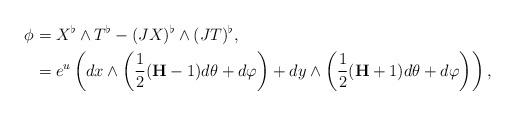
LaTeX: \begin{align*}\phi&=X^\flat\wedge T^\flat-(JX)^\flat\wedge (JT)^\flat ,\\&={e^u}\left(dx\wedge\left(\frac{1}{2}(\textbf{H}-1)d\theta+d\varphi\right) +dy\wedge \left(\frac{1}{2}(\textbf{H}+1)d\theta+d\varphi\right) \right),\end{align*}